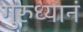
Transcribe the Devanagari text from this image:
गुरुध्यानं